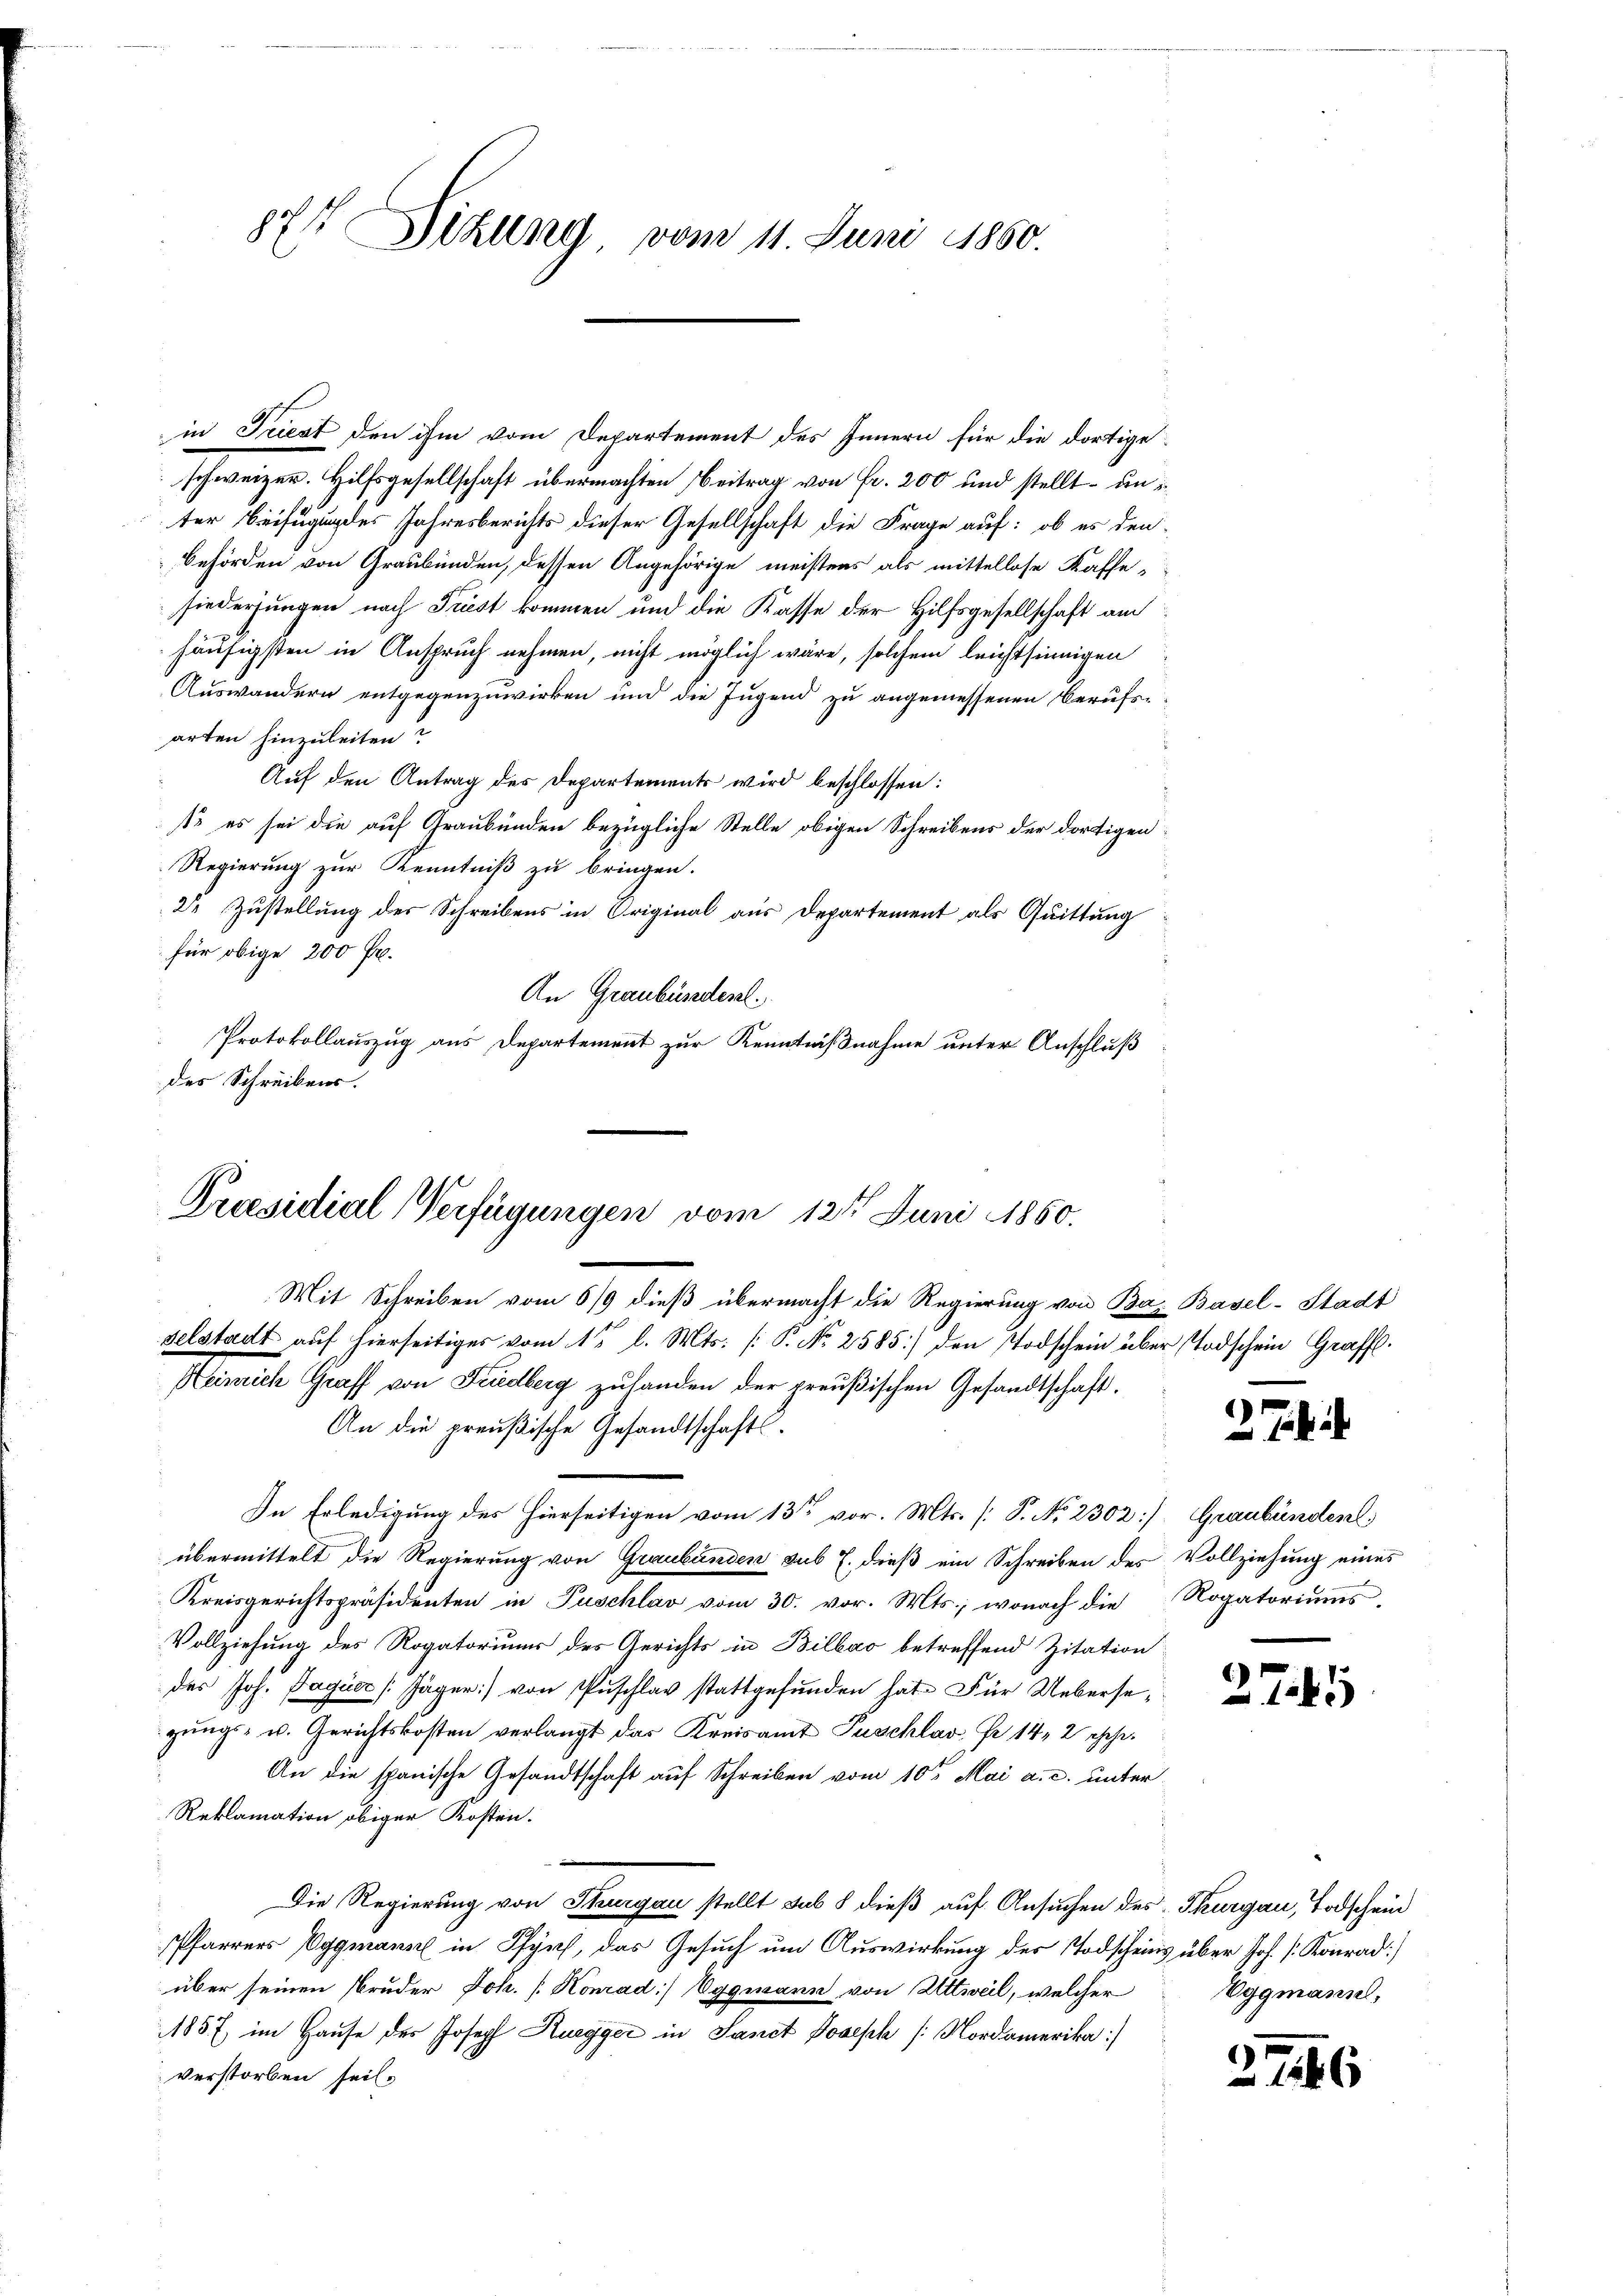
877 izung vom 11. Juni 1850.

in Triest den ihm vom Departement des Innern für die dortige
schweizer. Hilfsgesellschaft übermachten Beitrag von Fr. 200 und stellt – un
ter Beifügung des Jahresberichts dieser Gesellschaft die Frage auf: ob es den
Behörden von Graubünden, dessen Angehörige meistens als mittellose Kaffe
siederungen nach Triest kommen und die Kasse der Hilfsgesellschaft au
häufigsten in Anspruch nehmen, nicht möglich wäre, solchem leichtsinnigen
Auswandern entgegenzuwirken und die Jugend zu angemessenen Berufsarten hinzuleiten
Auf den Antrag des Departements wird beschlossen:
s es sei die auf Graubünden bezügliche Stelle obigen Schreibens der dortigen
Regierung zur Kenntniß zu bringen.
2 Zustellung des Schreibens in Original aus Departement als Quittung
für obige 200 Fr.
An Graubünden.
Protokollauszug aus Departement zur Kenntnißnahme unter Anschluß
des Schreibens.

Praesidial-Verfügungen vom 12te͇n Juni 1860.
Mit Schreiben vom 6/9 dieß übermacht die Regierung von Bas Basel-Stadt
selstadt auf hierseitiges vom 1ten l. Mts. [P No 2585) den Todschein über Todschein Graff
Heinrich Graff von Friedberg zuhanden der preußischen Gesandtschaft.
An die preußische Gesandtschafts¬

In Erledigung des hierseitigen vom 13ten vor. Mts. [S. No. 2302]. Graubünden
übermittelt die Regierung von Graubünden sub l. dieß ein Schreiben des Vollziehung eines
Kreisgerichtspräsidenten in Puschlav vom 30. vor. Mts., wonach die Rogatoriums
Vollziehung des Rogatoriums des Gerichts in Billao betreffend Zitation
des Joh. Pagucc /Jäger) von Puschlav stattgefunden hat. Für Uebersegŭngs- u. Gerichtskosten verlangt das Kreisamt Puschlav Fr. 14, 2 schr
An die spanische Gesandtschaft auf Schreiben vom 10ten Mai a. c. unter
Reklamation obiger Kosten.
Die Regierung von Thurgau stellt sub 8 dieß auf Ansuchen des Thurgau, Todschein
Pfarrers Vggmann in Pfyn, das Gesuch um Auswirkung des Todscheins über Joh. P. Konrad]
über seinen Bruder Joh. [Konrad Eggmann von Altweil, welcher
1857 im Hause des Joseph Ruegger in Sanct Joseph [Nordamerika
verstorben seil.

3.

27.5

Eggmann,

6